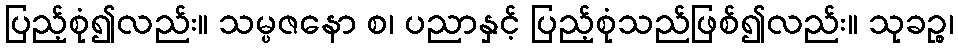
ပြည့်စုံ၍လည်း။ သမ္ပဇနော စ၊ ပညာနှင့် ပြည့်စုံသည်ဖြစ်၍လည်း။ သုခဉ္စ၊